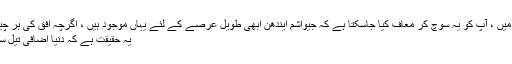
ایک معمولی نظر میں ، آپ کو یہ سوچ کر معاف کیا جاسکتا ہے کہ جیواشم ایندھن ابھی طویل عرصے کے لئے یہاں موجود ہیں ، اگرچہ افق کی ہر چیز گلابی نہیں ہے.
یہ حقیقت ہے کہ دنیا اضافی تیل سے گھبر رہی ہے۔